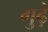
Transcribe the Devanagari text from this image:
गुढ़े